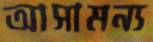
আসামন্য